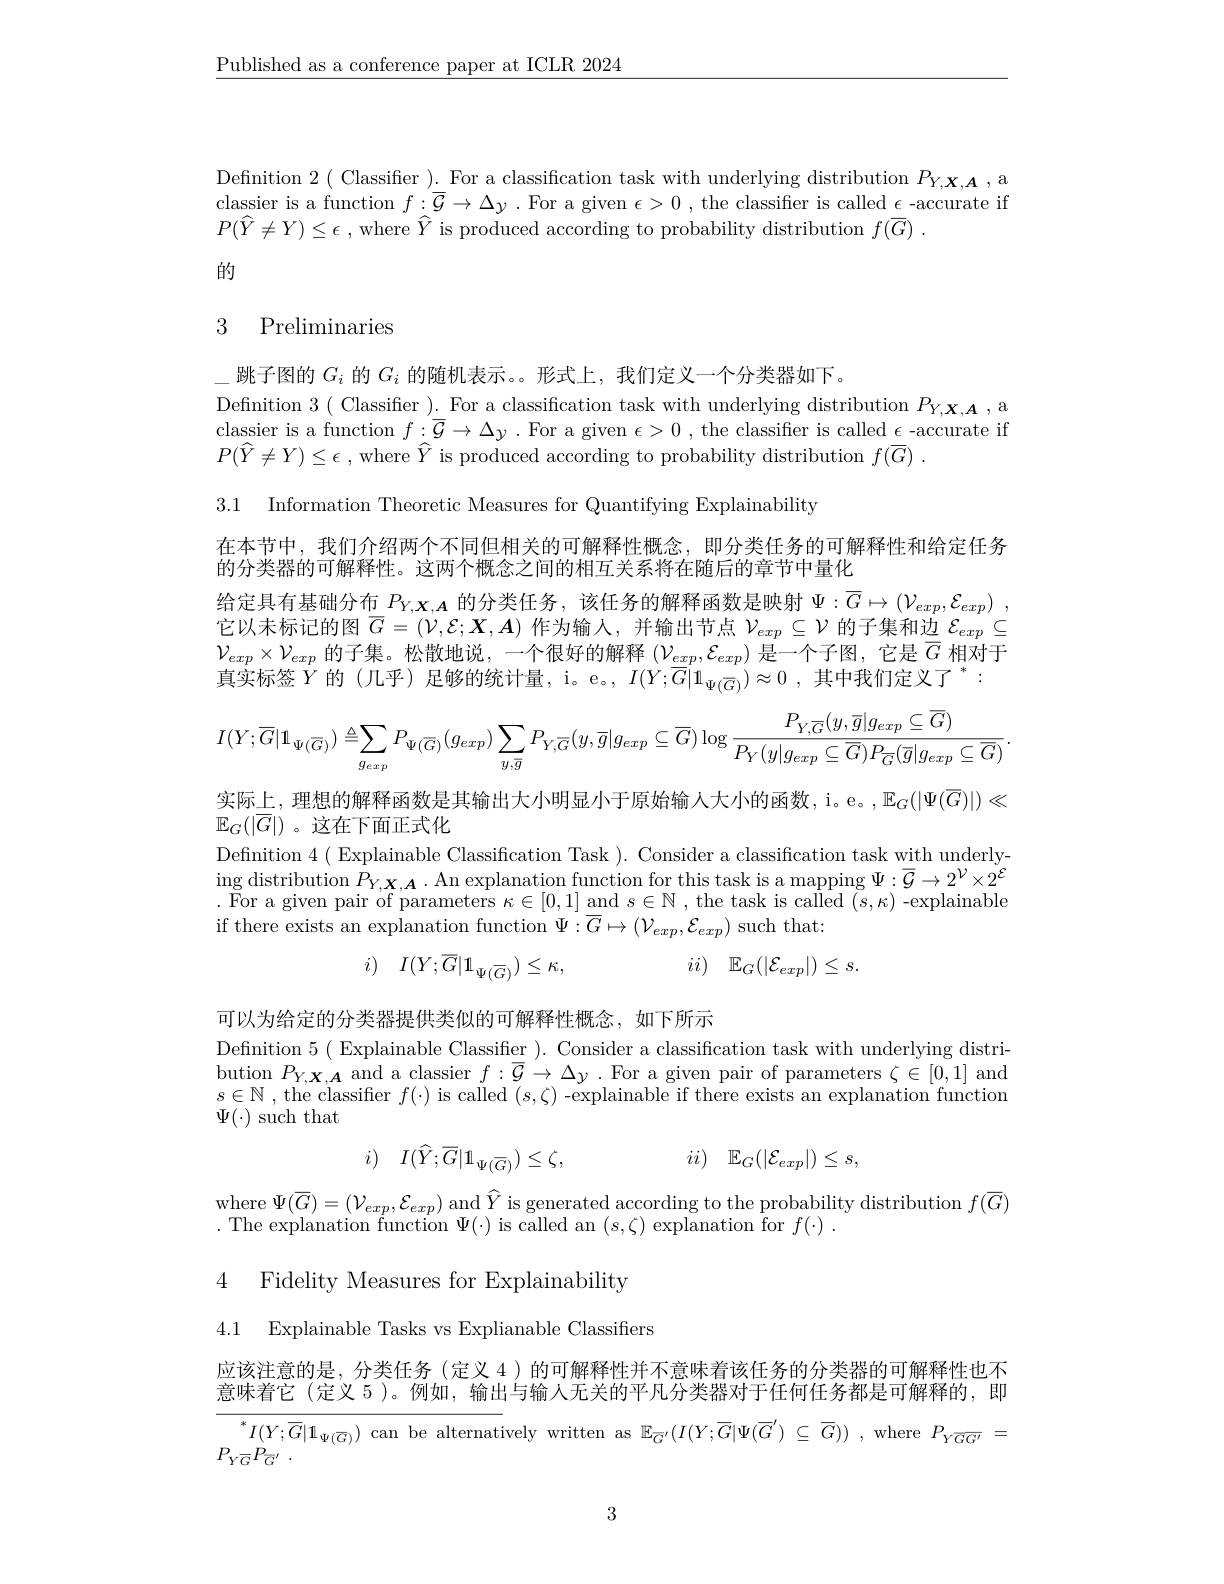
$\underline{\text{Published as a conference paper at ICLR 2024}}$

Definition 2 ( Classifier ). For a classification task with underlying distribution $P_Y,\boldsymbol{X},\boldsymbol{A}$, a classier is a function $f:\overline{\mathcal{G}}\to\Delta y.$ For a given $\epsilon>0$ , the classifier is called $\epsilon$-accurate if $P(\widehat{Y}\neq Y)\leq\epsilon$ , where $\widehat{Y}$ is produced according to probability distribution $f( \overline {G})$ .
的

# 3 Preliminaries

3.1 Information Theoretic Measures for Quantifying Explainability

\_跳子图的$G_i$的$G_i$的随机表示。。形式上，我们定义一个分类器如下。
Definition 3( Classifier ). For a classification task with underlying distribution $P_Y,\boldsymbol{x},\boldsymbol{A}$, a classier is a function $f:\mathcal{G}\to\Delta y$ . For a given $\epsilon>0$ , the classifier is called $\epsilon$ -accurate if $P(\widehat{Y}\neq Y)\leq\epsilon$ , where $\widehat{Y}$ is produced according to probability distribution $f(\overline{G})$
在本节中，我们介绍两个不同但相关的可解释性概念，即分类任务的可解释性和给定任务
的分类器的可解释性。这两个概念之间的相互关系将在随后的章节中量化
给定具有基础分布$P_{Y,X,A}$的分类任务，该任务的解释函数是映射$\Psi : \overline {G}\mapsto ( \mathcal{V} _{exp}, \mathcal{E} _{exp})$ , 它以未标记的图$\overline{G}=(\mathcal{V},\mathcal{E};\boldsymbol{X},\boldsymbol{A})$作为输人，并输出节点$\mathcal{V}_exp\subseteq\mathcal{V}$的子集和边$\mathcal{E}_exp\subseteq$ $\mathcal{V}_{exp}\times\mathcal{V}_{exp}$的子集。松散地说，一个很好的解释$(\mathcal{V}_exp,\mathcal{E}_{exp})$是一个子图，它是$\overline G$相对于真实标签$\dot{Y}$的(几乎)足够的统计量，i。e。$,I(\dot{Y};\overline{G}|1_{\Psi(\overline{G})})\approx0,\text{其中我们定义了}^*:$
$$I(Y;\overline{G}|\mathbf{1}_{\Psi(\overline{G})})\triangleq\sum_{g_{exp}}P_{\Psi(\overline{G})}(g_{exp})\sum_{y,\overline{g}}P_{Y,\overline{G}}(y,\overline{g}|g_{exp}\subseteq\overline{G})\log\frac{P_{Y,\overline{G}}(y,\overline{g}|g_{exp}\subseteq\overline{G})}{P_{Y}(y|g_{exp}\subseteq\overline{G})P_{\overline{G}}(\overline{g}|g_{exp}\subseteq\overline{G})}.$$
实际上，理想的解释函数是其输出大小明显小于原始输人大小的函数，i。e。, $\mathbb{E}_G(|\Psi(\overline{G})|)\ll$
$\mathbb{E}_G(|\overline{G}|)$。这在下面正式化
Definition 4( Explainable Classification Task ). Consider a classification task with underly-

$\operatorname*{ing}_{\mathbf{n}}$distribution $P_Y,\boldsymbol{X},\boldsymbol{A}\cdot$ An explanation function for this task is a mapping $\Psi:\overline{\mathcal{G}}\to2^{\mathcal{V}}\times2^{\mathcal{E}}$ . For a given pair of parameters $\kappa\in[0,1]$ and $s\in\mathbb{N}$, the task is called $(s,\kappa)$-explainable if there exists an explanation function $\Psi:\overline{G}\mapsto(\mathcal{V}_{exp},\mathcal{E}_{exp})$ such that:
$ii)$ $\mathbb{E} _G( | \mathcal{E} _{exp}| ) \leq s.$
$$I(Y;\overline{G}|\mathbb{1}_{\Psi(\overline{G})})\leq\kappa,$$
可以为给定的分类器提供类似的可解释性概念，如下所示
Definition 5( Explainable Classifier ). Consider a classification task with underlying distribution $P_{Y,\boldsymbol{X},\boldsymbol{A}}$ and a classier $f:\overline{\mathcal{G}}\to\Delta y\cdot$ For a given pair of parameters $\zeta\in[0,1]$ and $s\in \mathbb{N}$ , the classifier $f(\cdot)$ is called $(s,\zeta)$-explainable if there exists an explanation function $\Psi(\cdot)$ such that
$$I(\widehat{Y};\overline{G}|\mathbb{1}_{\Psi(\overline{G})})\leq\zeta,\quad ii)\quad\mathbb{E}_{G}(|\mathcal{E}_{exp}|)\leq s,$$
$\begin{array}{l}{\mathrm{where~}\Psi(\overline{G})=(\mathcal{V}_{exp},\mathcal{E}_{exp})\mathrm{~and~}\widehat{Y}\text{ is generated according to the probability distribution }f(\overline{G})}\\{\mathrm{where~}\Psi(\overline{G})=(\mathcal{V}_{exp},\mathcal{E}_{exp})\mathrm{~and~}\widehat{Y}\text{ is generated according to the probability }\mathrm{distribution~}f(\overline{G})}\end{array}$
.The explanation function $\Psi(\cdot)$ is called an $(s,\zeta)$ explanation for $f(\cdot).$

4 Fidelity Measures for Explainability
4.1 Explainable Tasks vs Explianable Classifiers

应该注意的是，分类任务(定义 4)的可解释性并不意味着该任务的分类器的可解释性也不意味着它(定义 5)。例如，输出与输人无关的平凡分类器对于任何任务都是可解释的，即
$^{*}I(Y;\overline{G}|1_{\Psi(\overline{G})})$ can be alternatively written as $\mathbb{E}_{\overline{G}^{\prime}}(I(Y;\overline{G}|\Psi(\overline{G}^{\prime})\subseteq\overline{G}))$ ,where $P_{Y\overline{GG^{\prime}}}=$
$P_{Y\overline {G}}P_{\overline {G}^{\prime }}$ .

3